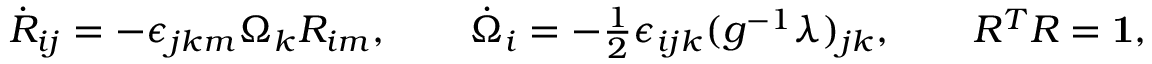
\begin{array} { r } { \dot { R } _ { i j } = - \epsilon _ { j k m } \Omega _ { k } R _ { i m } , \qquad \dot { \Omega } _ { i } = - \frac 1 2 \epsilon _ { i j k } ( g ^ { - 1 } \lambda ) _ { j k } , \qquad R ^ { T } R = { \bf 1 } , } \end{array}